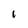
Character: I